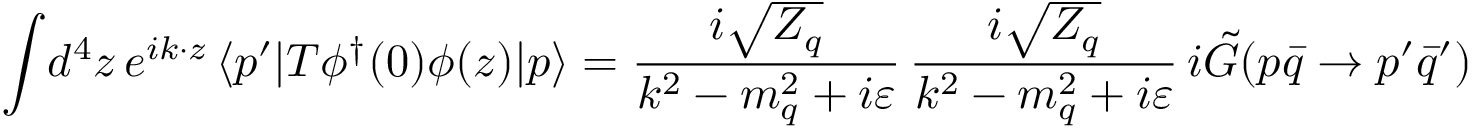
\int \! d ^ { 4 } z \, e ^ { i k \cdot z } \, \langle p ^ { \prime } | T \phi ^ { \dagger } ( 0 ) \phi ( z ) | p \rangle = { \frac { i \sqrt { Z _ { q } } } { k ^ { 2 } - m _ { q } ^ { 2 } + i \varepsilon } } \, { \frac { i \sqrt { Z _ { q } } } { k ^ { 2 } - m _ { q } ^ { 2 } + i \varepsilon } } \, i \tilde { G } ( p \bar { q } \to p ^ { \prime } \bar { q } ^ { \prime } )